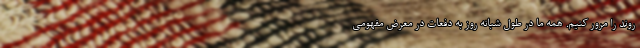
روند را مرور کنیم. همه ما در طول شبانه روز به دفعات در معرض مفهومی